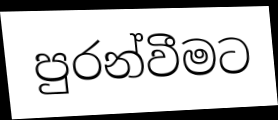
පුරන්වීමට